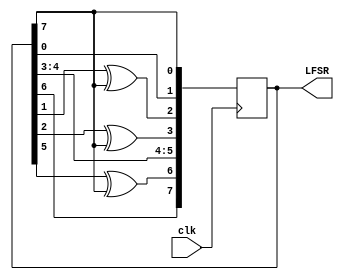
`timescale 1ns/1ps

module LFSR_8bit(
  input clk,
  output reg [7:0] LFSR = 255
);

	wire feedback = LFSR[7];

	always @(posedge clk)
	begin
		LFSR[0] <= feedback;
		LFSR[1] <= LFSR[0];
		LFSR[2] <= LFSR[1] ^ feedback;
		LFSR[3] <= LFSR[2] ^ feedback;
		LFSR[4] <= LFSR[3];
		LFSR[5] <= LFSR[4];
		LFSR[6] <= LFSR[5] ^ feedback;
		LFSR[7] <= LFSR[6];
	end
endmodule